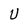
Character: U